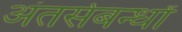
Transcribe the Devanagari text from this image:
अंतर्सबन्धों